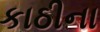
કાઠીના